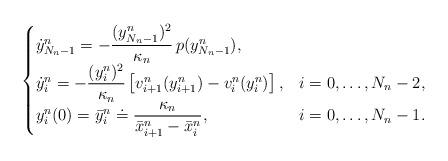
LaTeX: \begin{align*}\begin{cases} \dot{y}^n_{N_n-1} = -\dfrac{(y^n_{N_n-1})^2}{\kappa_n} \, p(y^n_{N_n-1}), \\ \dot{y}^n_i = -\dfrac{(y^n_i)^2}{\kappa_n} \left[v_{i+1}^n(y^n_{i+1})-v_i^n(y^n_i)\right], & i=0, \ldots, N_n-2 , \\ y^n_i(0) = \bar{y}^n_i \doteq \dfrac{\kappa_n}{\bar{x}_{i+1}^n - \bar{x}_i^n} ,& i=0,\ldots,N_n-1.\end{cases}\end{align*}